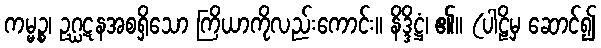
ကမ္မဉ္စ၊ ဥဂ္ဃဋနအစရှိသော ကြိယာကိုလည်းကောင်း။ နိဒ္ဒိဋ္ဌံ၊ ၏။ (ပါဠိမှ ဆောင်၍